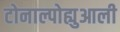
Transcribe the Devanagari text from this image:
टोनाल्पोह्युआली